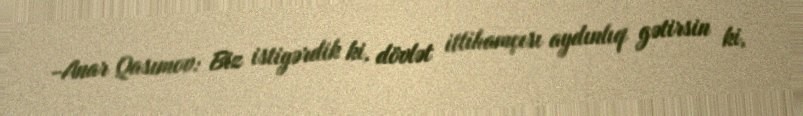
-Anar Qasımov: Biz istiyərdik ki, dövlət ittihamçısı aydınlıq gətirsin ki,